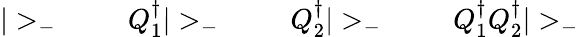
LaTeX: |>_{-}\; \qquad Q_{1}^{\dagger}|>_{-}\; \qquad Q_{2}^{\dagger}|>_{-}\; \qquad Q_{1}^{\dagger}Q_{2}^{\dagger}|>_{-}